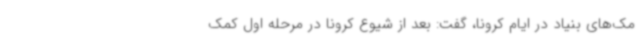
مک‌های بنیاد در ایام کرونا، گفت: بعد از شیوع کرونا در مرحله اول کمک